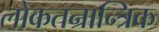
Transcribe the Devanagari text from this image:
लोकतन्रान्त्रिक